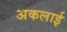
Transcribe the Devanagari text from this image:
अकलाई